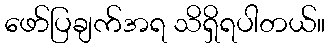
ဖော်ပြချက်အရ သိရှိရပါတယ်။